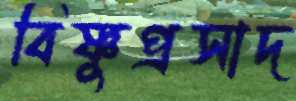
বিষ্ণুপ্রসাদ